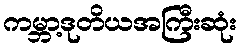
ကမ္ဘာ့ဒုတိယအကြီးဆုံး